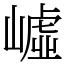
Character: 㠊